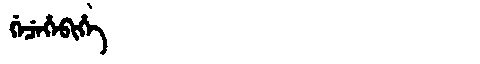
Manchu: ᡤᡝᠴᡝᡥᡝᠪᡳᡥᡝ
Romanization: GECEHEBIHE